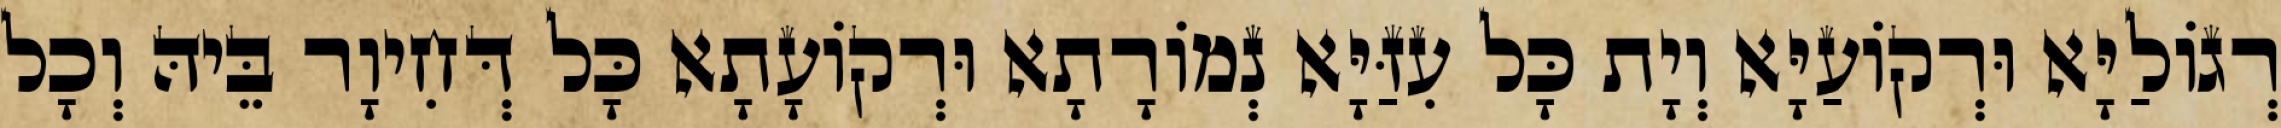
רְגוֹלַיָּא וּרְקוֹעַיָּא וְיָת כָּל עִזַּיָּא נְמוֹרָתָא וּרְקוֹעָתָא כָּל דְּחִיוָר בֵּיהּ וְכָל